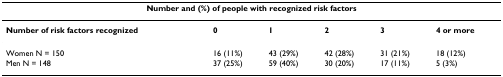
<table><thead><tr><td colspan="6"><b>Number and (%) of people with recognized risk factors</b></td></tr></thead><tbody><tr><td><b>Number of risk factors recognized</b></td><td><b>0</b></td><td><b>1</b></td><td><b>2</b></td><td><b>3</b></td><td><b>4 or more</b></td></tr><tr><td>Women N = 150</td><td>16 (11%)</td><td>43 (29%)</td><td>42 (28%)</td><td>31 (21%)</td><td>18 (12%)</td></tr><tr><td>Men N = 148</td><td>37 (25%)</td><td>59 (40%)</td><td>30 (20%)</td><td>17 (11%)</td><td>5 (3%)</td></tr></tbody></table>